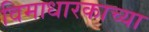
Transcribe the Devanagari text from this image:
विमाधारकाच्या